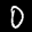
Label: 0